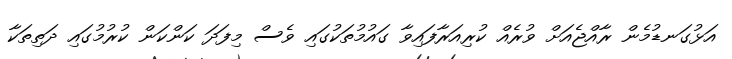
އަޅުގަނޑުމެން ރާއްޖެއަށް ވުރެއް ކުރިއަރާފައިވާ ގައުމުތަކުގައި ވެސް މިފަދަ ކަންކަން ކުރުމުގައި ދަތިތަކާ